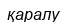
қаралу